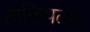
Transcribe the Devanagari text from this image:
टाकिपठार